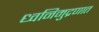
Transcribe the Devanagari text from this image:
ध्वनिमुद्रणात